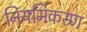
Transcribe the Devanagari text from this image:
नियमिकरण